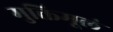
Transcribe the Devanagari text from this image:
मुक्तिमूलं